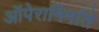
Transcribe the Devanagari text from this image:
ऑपेरानिर्माते